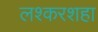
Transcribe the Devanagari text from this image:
लश्करशहा